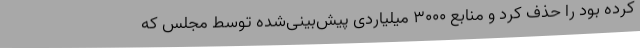
کرده بود را حذف کرد و منابع ۳۰۰۰ میلیاردی پیش‌بینی‌شده توسط مجلس که